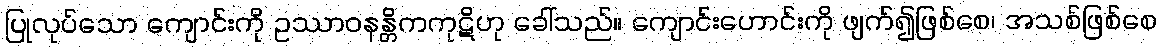
ပြုလုပ်သော ကျောင်းကို ဥဿာဝနန္တိကကုဋိဟု ခေါ်သည်။ ကျောင်းဟောင်းကို ဖျက်၍ဖြစ်စေ၊ အသစ်ဖြစ်စေ